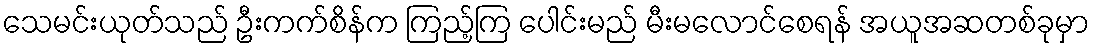
သေမင်းယုတ်သည် ဦးကက်စိန်က ကြည့်ကြ ပေါင်းမည် မီးမလောင်စေရန် အယူအဆတစ်ခုမှာ